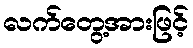
လက်တွေ့အားဖြင့်